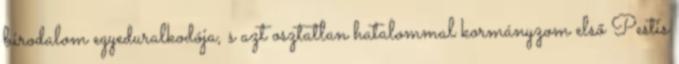
birodalom egyeduralkodója, s azt osztatlan hatalommal kormányzom első Pestis